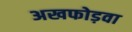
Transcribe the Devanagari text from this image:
अखफोड़वा